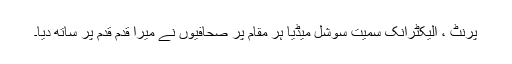
پرنٹ ، الیکٹرانک سمیت سوشل میڈیا ہر مقام پر صحافیوں نے میرا قدم قدم پر ساتھ دیا۔